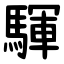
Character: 䮝